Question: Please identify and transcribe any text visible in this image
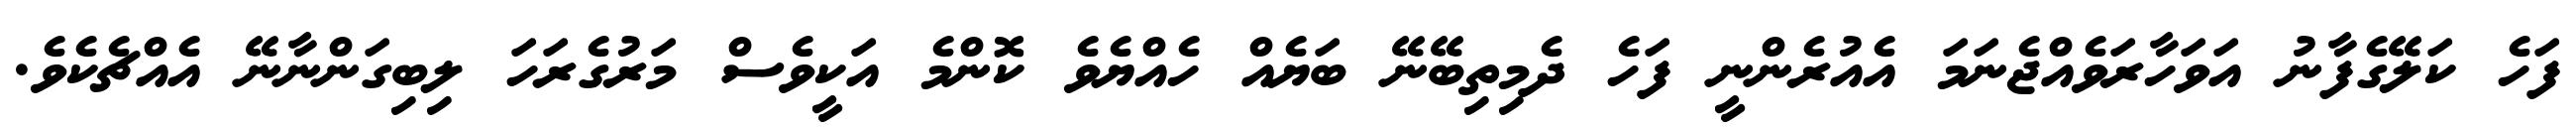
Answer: ފަހެ ކަލޭގެފާނު އަވަހާރަވެއްޖެނަމަ އެއުރެންނީ ފަހެ ދެމިތިބޭނޭ ބަޔެއް ހެއްޔެވެ ކޮންމެ އަކީވެސް މަރުގެރަހަ ލިބިގަންނާނޭ އެއްޗެކެވެ.